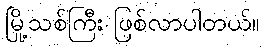
မြို့သစ်ကြီး ဖြစ်လာပါတယ်။